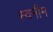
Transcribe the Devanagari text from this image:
स्वनीम